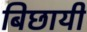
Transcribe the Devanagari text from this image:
बिछायी